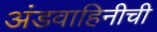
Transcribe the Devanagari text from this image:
अंडवाहिनीची